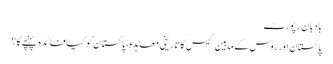
بادبان رپورٹ
پاکستان اور روس کے مابین گیس کا تاریخی معاہدہ، پاکستان کو کیا فائدہ پہنچے گا؟